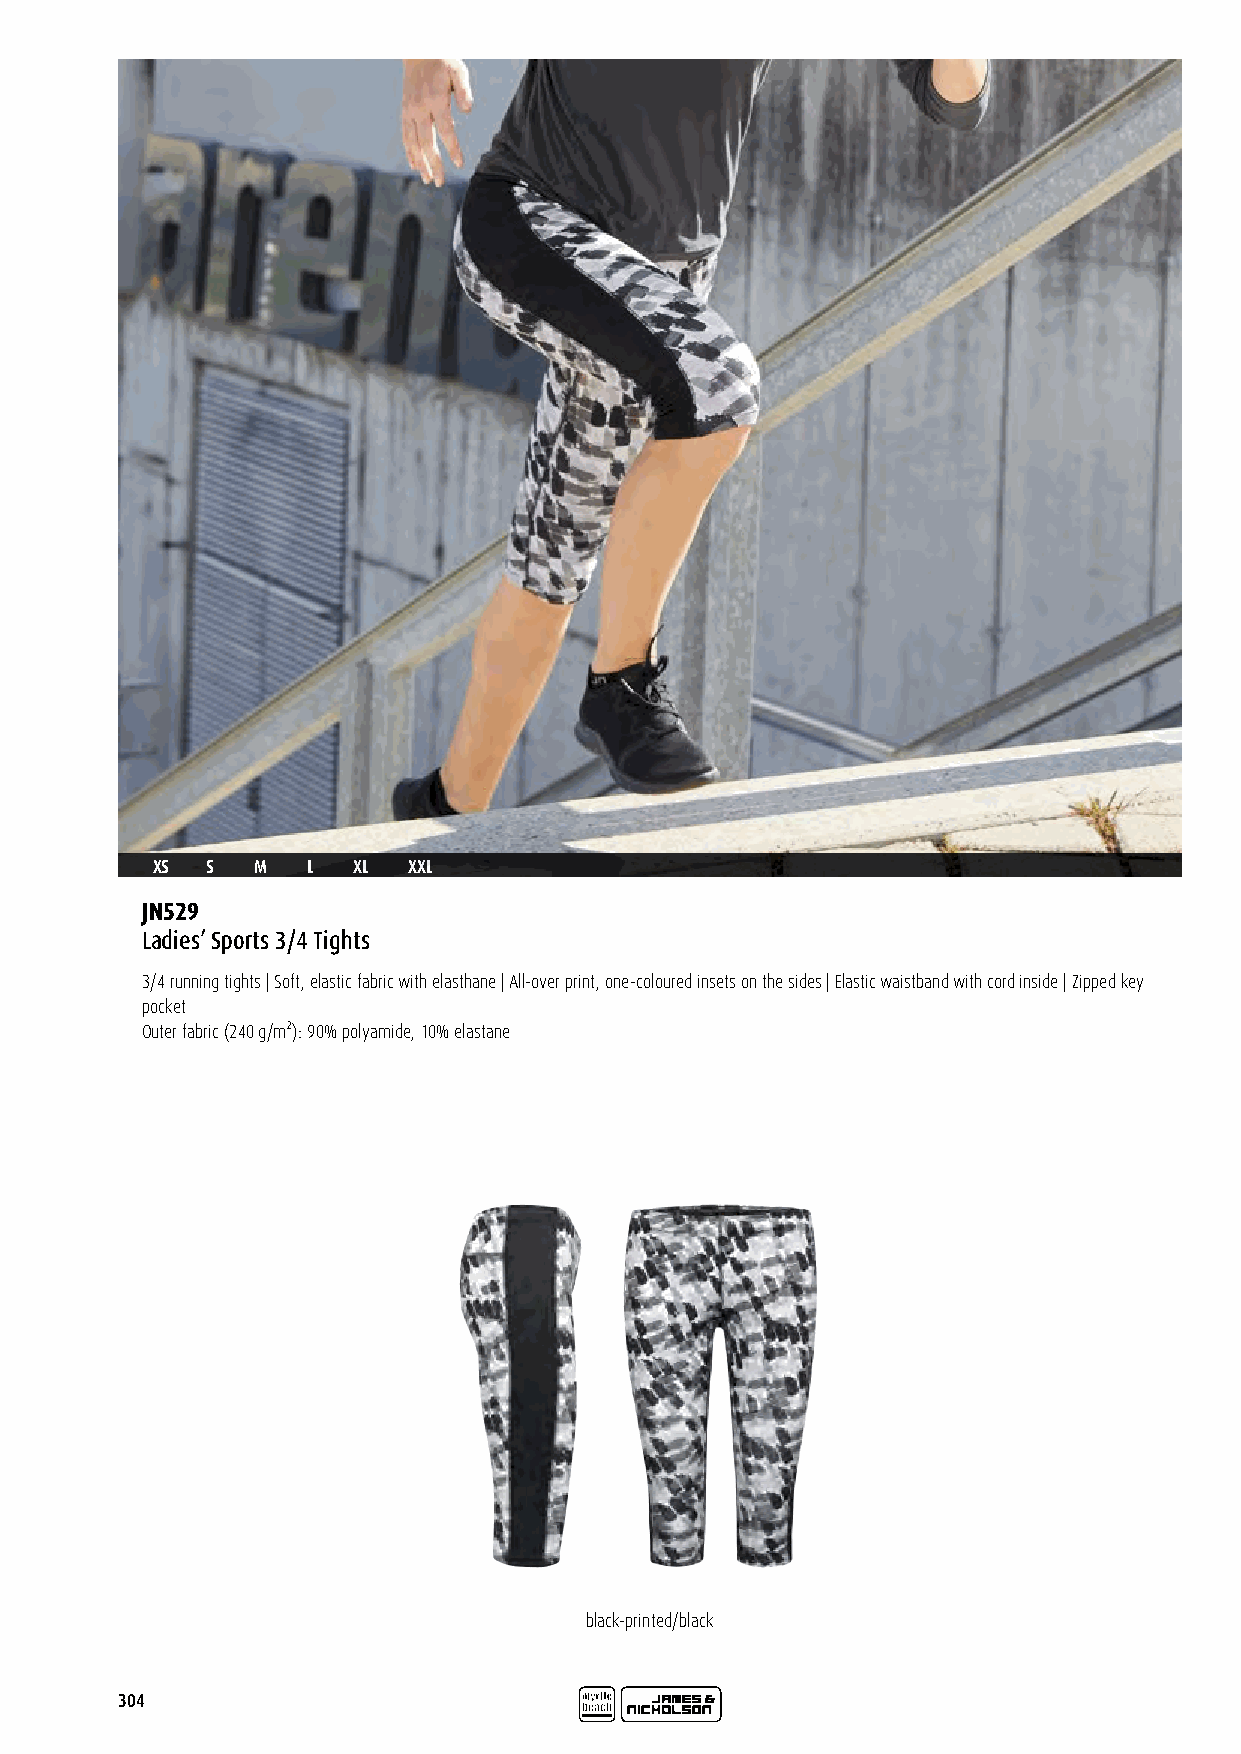
XS  S  M  L  XL  XXL
 JN529
 Ladies’ Sports 3/4 Tights
 3/4 running tights | Soft, elastic fabric with elasthane | All-over print, one-coloured insets on the sides | Elastic waistband with cord inside | Zipped key
 pocket
 Outer fabric (240 g/m²): 90% polyamide, 10% elastane
 black-printed/black
 304